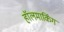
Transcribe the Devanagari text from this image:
हॉलमार्किंग